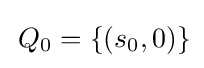
\,Q_{0}=\{(s_{0},0)\}